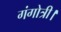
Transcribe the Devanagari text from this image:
गंगोत्री।